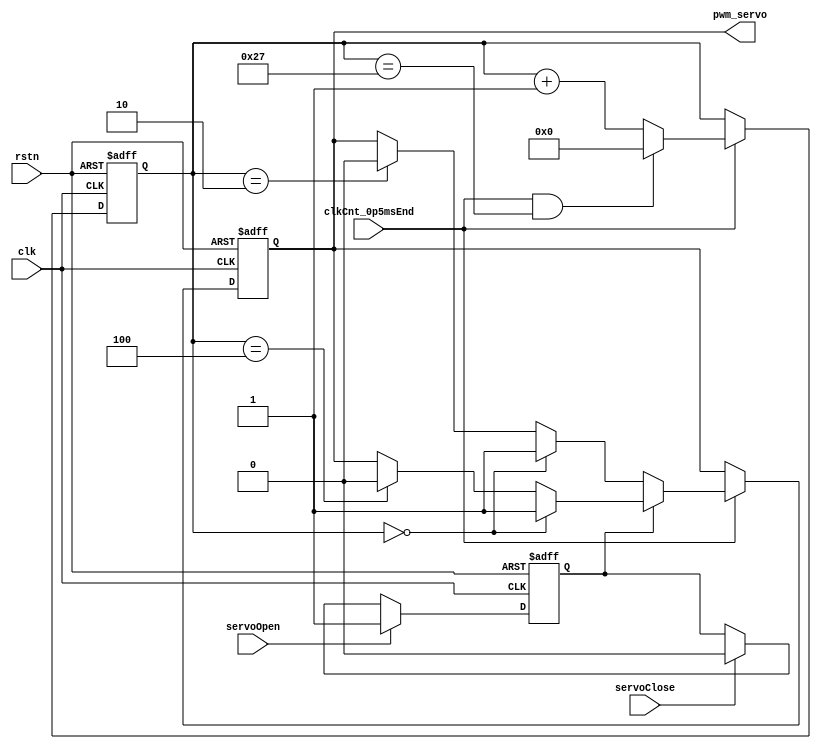
module wm_servo(
    input           clk,
    input           rstn,

    input           clkCnt_0p5msEnd,
    input           servoOpen,
    input           servoClose,
    output  reg     pwm_servo
);

reg     [7:0]       servoCnt;
wire    servoCntEnd = clkCnt_0p5msEnd & (servoCnt == 39);

always @(posedge clk or negedge rstn) begin
    if (~rstn)
        servoCnt <= 0;
    else if (clkCnt_0p5msEnd) begin
        if(servoCntEnd)
            servoCnt <= 0;
        else
            servoCnt <= servoCnt + 1; 
    end
end

reg     servoOpenEn;
always @(posedge clk or negedge rstn) begin
    if (~rstn)
        servoOpenEn <= 0;
    else if (servoOpen)
        servoOpenEn <= 1;
    else if (servoClose)
        servoOpenEn <= 0;
end

always @(posedge clk or negedge rstn) begin
    if (~rstn)
        pwm_servo <= 0;
    else if (clkCnt_0p5msEnd) begin
        if (servoOpenEn) begin
            if (servoCnt == 0)
                pwm_servo <= 1;
            else if (servoCnt == 4)
                pwm_servo <= 0;
        end
        else begin
            if (servoCnt == 0)
                pwm_servo <= 1;
            else if (servoCnt == 2)
                pwm_servo <= 0;
        end
    end 
end
    
endmodule